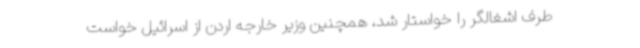
طرف اشغالگر را خواستار شد، همچنین وزیر خارجه اردن از اسرائیل خواست